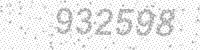
Solution: 932598